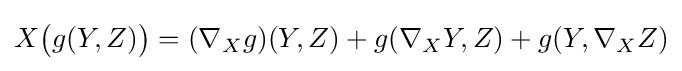
X{\bigl (}g(Y,Z){\bigr )}=(\nabla _{X}g)(Y,Z)+g(\nabla _{X}Y,Z)+g(Y,\nabla _{X}Z)